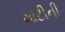
માટીની